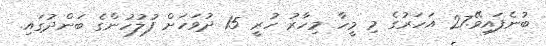
ބުނެފައިވޭ.27 އަހަރުގެ މި މީހާ މިހާރު ހުރީ 15 ދުވަހަށް ފުލުހުންގެ ބަންދުގައި.